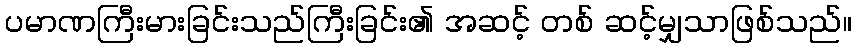
ပမာဏကြီးမားခြင်းသည်ကြီးခြင်း၏ အဆင့် တစ် ဆင့်မျှသာဖြစ်သည်။